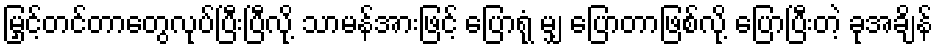
မြှင့်တင်တာတွေလုပ်ပြီးပြီလို့ သာမန်အားဖြင့် ပြောရုံ မျှ ပြောတာဖြစ်လို့ ပြောပြီးတဲ့ ခုအချိန်